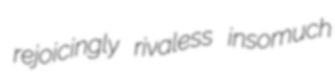
rejoicingly rivaless insomuch